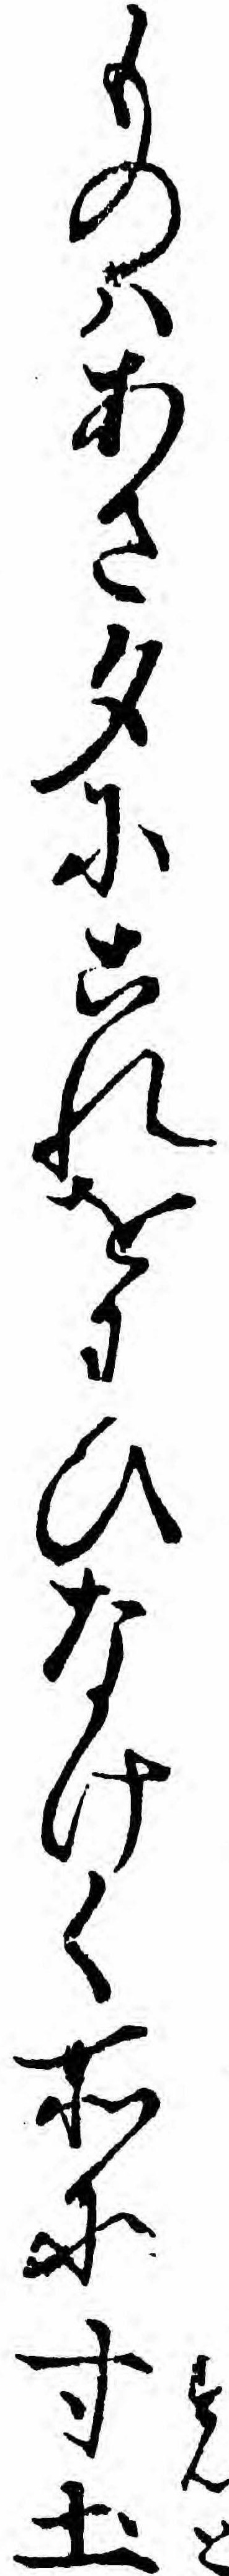
ものハあさ夕にこれをわひなけく所に寸土